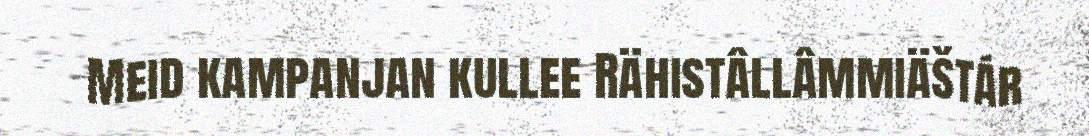
Meid kampanjan kullee Rähistâllâmmiäštár